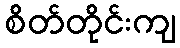
စိတ်တိုင်းကျ